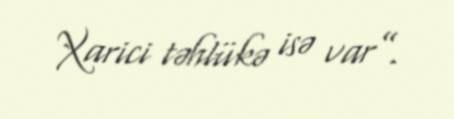
Xarici təhlükə isə var”.